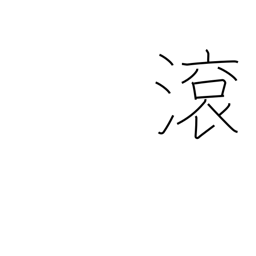
Meaning: flow